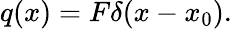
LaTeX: q(x)=F\delta(x-x_{0}).